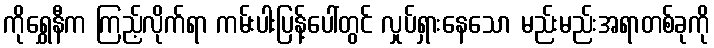
ကိုရွှေနီက ကြည့်လိုက်ရာ ကမ်းပါးပြန့်ပေါ်တွင် လှုပ်ရှားနေသော မည်းမည်းအရာတစ်ခုကို